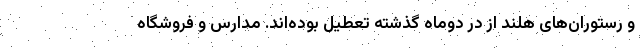
و رستوران‌های هلند از در دوماه گذشته تعطیل بوده‌اند. مدارس و فروشگاه